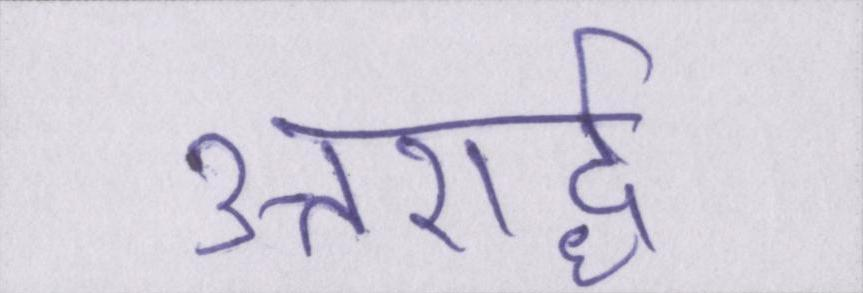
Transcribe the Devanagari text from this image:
उत्तरार्द्ध